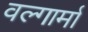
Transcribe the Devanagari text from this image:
वल्गार्मा